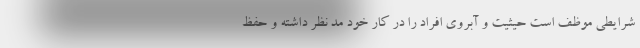
شرایطی موظف است حیثیت و آبروی افراد را در کار خود مد نظر داشته و حفظ